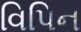
વિપિન